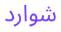
شوارد